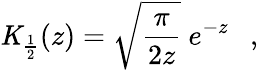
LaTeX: {\mathit{K}}_{\frac{1}{2}}(z)=\sqrt{\frac{\pi}{2z}}~e^{-z}~~~,